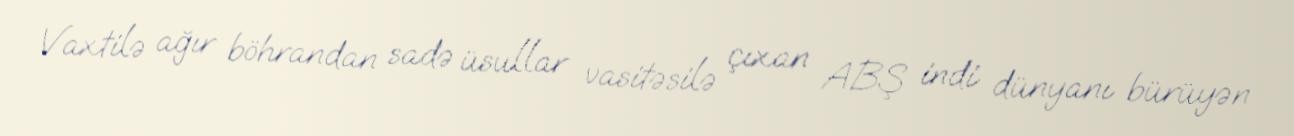
Vaxtilə ağır böhrandan sadə üsullar vasitəsilə çıxan ABŞ indi dünyanı bürüyən